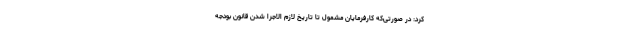
کرد: در صورتی‌که کارفرمایان مشمول تا تاریخ لازم الاجرا شدن قانون بودجه